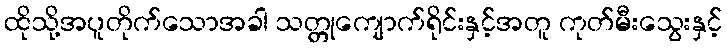
ထိုသို့အပူတိုက်သောအခါ သတ္တုကျောက်ရိုင်းနှင့်အတူ ကုတ်မီးသွေးနှင့်